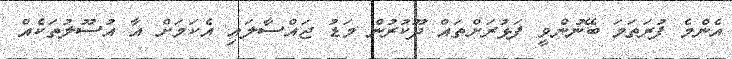
އެންމެ ފުރަތަމަ ބޭނުންވީ ފަޅުރަށްތައް ދޫކުރުން މަޑު ޖައްސާލައި އެކަމަށް އާ އުސޫލުތަކެއް